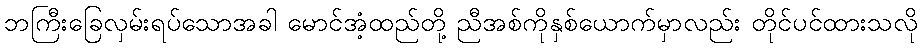
ဘကြီးခြေလှမ်းရပ်သောအခါ မောင်အံ့ထည်တို့ ညီအစ်ကိုနှစ်ယောက်မှာလည်း တိုင်ပင်ထားသလို